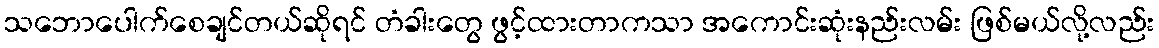
သဘောပေါက်စေချင်တယ်ဆိုရင် တံခါးတွေ ဖွင့်ထားတာကသာ အကောင်းဆုံးနည်းလမ်း ဖြစ်မယ်လို့လည်း